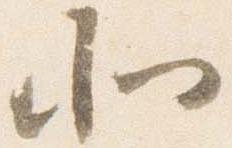
北